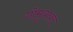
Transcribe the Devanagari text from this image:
गोमूत्रावर